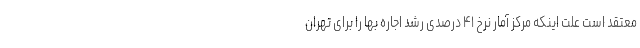
معتقد است علت اینکه مرکز آمار نرخ ۴۱ درصدی رشد اجاره بها را برای تهران